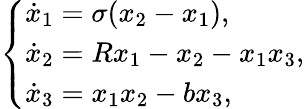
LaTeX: \left\{ \begin{array}{ll}{\dot{x}_{1}=\sigma(x_{2}-x_{1}),}\\ {\dot{x}_{2}=Rx_{1}-x_{2}-x_{1}x_{3},}\\ {\dot{x}_{3}=x_{1}x_{2}-bx_{3},}\end{array}\right.